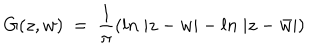
LaTeX: G ( z , w ) ~ = ~ { \frac { 1 } { \pi } } ( l n ~ | z - w | - l n ~ | z - \bar { w } | )